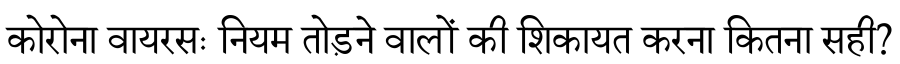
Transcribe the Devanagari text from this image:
कोरोना वायरसः नियम तोड़ने वालों की शिकायत करना कितना सही?